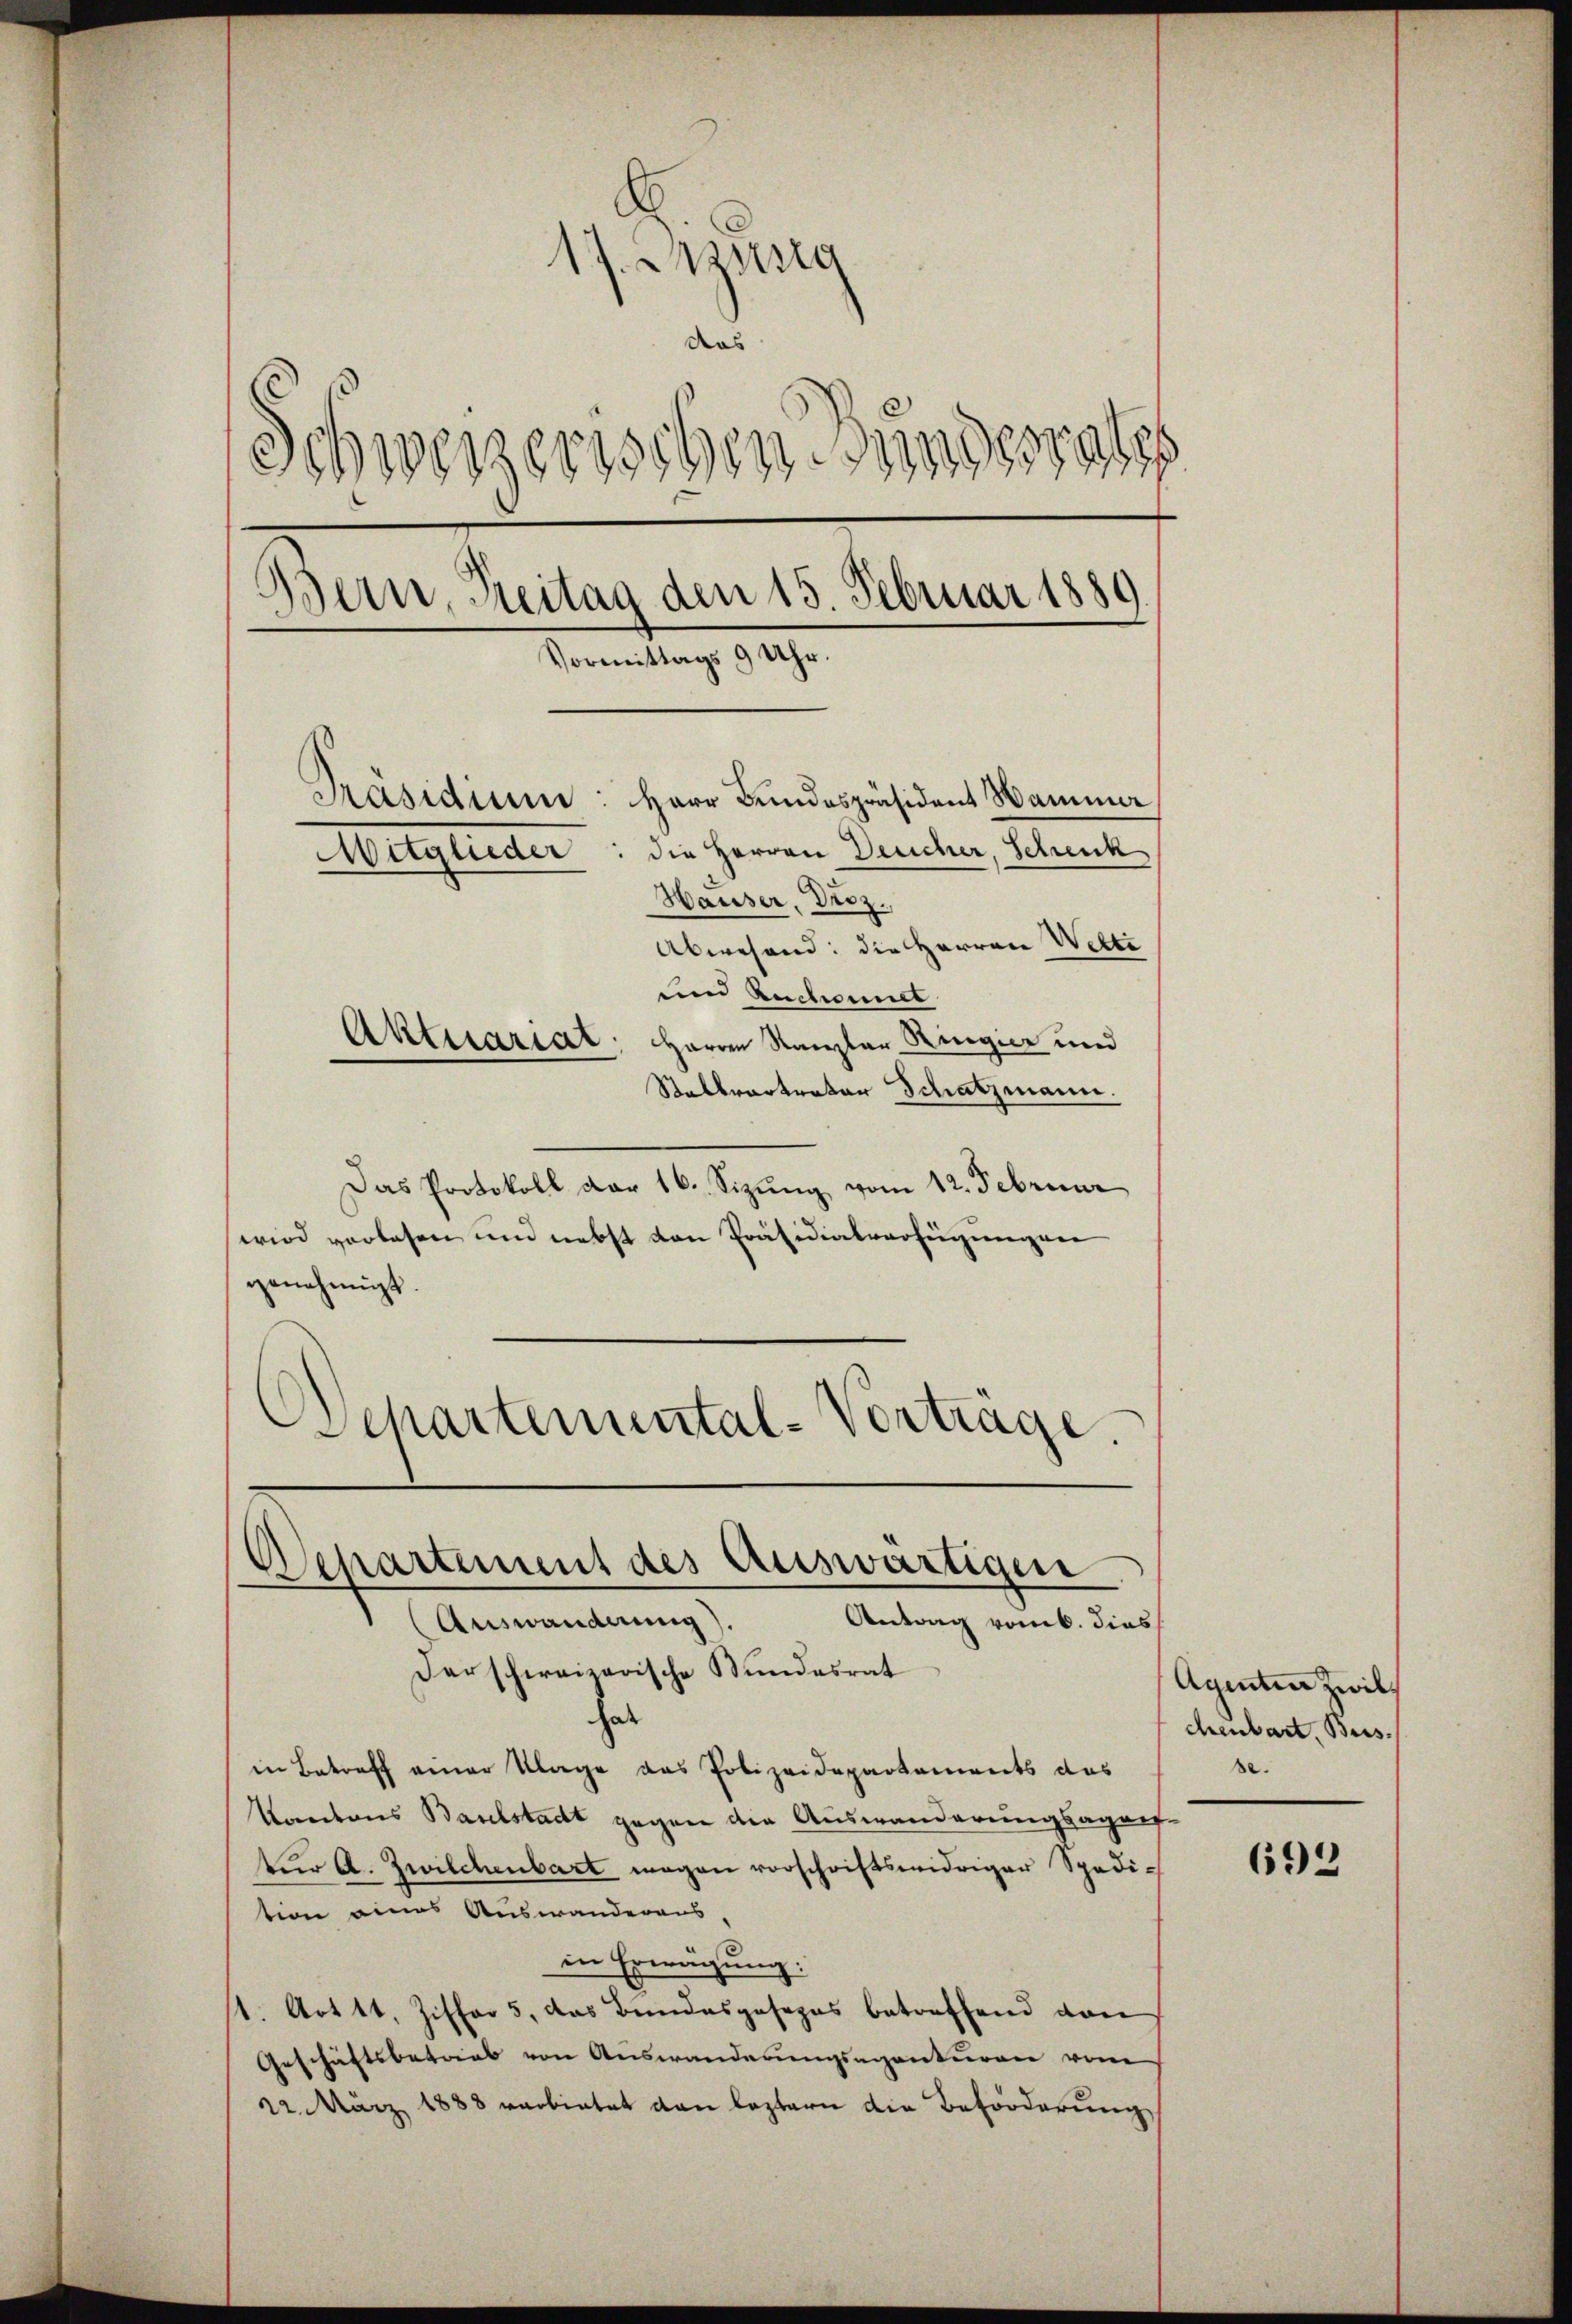
17. Sitzung
das
C
Schweizerischen sindesrates
Bern, Breitag den 15. Februar 1889.
Vormittags 9 Uhr.
Präsidium: Herr Bundespräsident Hammer
die Herren Deucher, Schreck
Mitglieder
Hauser, Droz.
Abwesend: die Herren Welti
und Ruchamil
Aktuariat. Herrn Kanzler Ringer und

Stellvertreter Schatzmann.
Das Protokoll dar 16. Sizŭng vom 12. Februar
wird vorlesen und nebst von Präsidialverfeigungen
genehmigt.
SSchartemental-Vortrage.

Departement des auswärtigen
Antrag vom 6. dies
Auswanderung).

derschweizerische Bundesrat
hat
in Betreff einer Klage das Polizeidepartements das
Kantons Baselstadt gegen der Auswanderungsagens-
Für A. Zwilchenbart wegen vorschriftswidriger Spedi-
tion eines Auswanderaus
in Erwägung:
1. Art 41, Ziffer 5. das Bundesposopas betreffend dan
Geschäftsbetrieb von Auswanderungsagenturen vom
22. März 1888 verbietet von leztern die Beförderung

Agentier Zwil
chenbart, Bus
be.

693